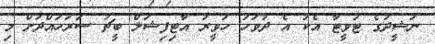
ނަޝީދުގެ ޓުވީޓާ އެކު އެ ދުވަހު ހަވީރު އާޓިފިޝަލް ބީޗު ސަރަހައްދަށް މި